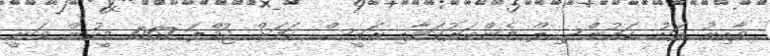
ވާއިރު ރަށު ކައުންސިލް މެންބަރުކަމާއި ރައީސް ކަމަށް ޖުމްލަ 1067 މީހުން ވަނީ